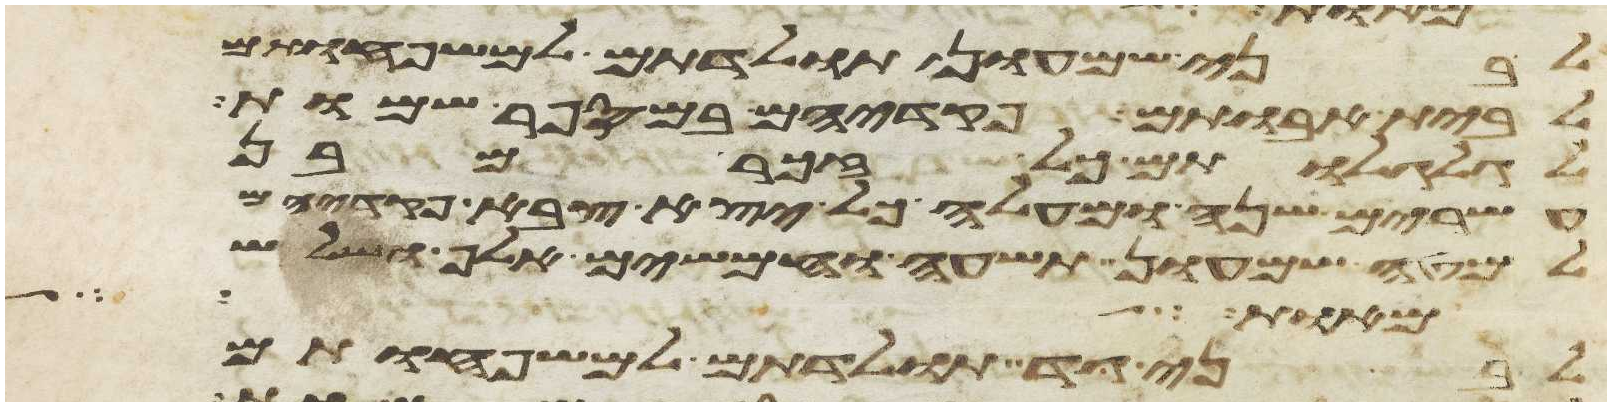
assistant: לבני שמעון תולדתם למשפחותם
לבית אבותם פקדיהם במספר שמות
לגלגלתם כל זכר מבן
עשרים שנה ומעלה כל יצא צבא פקדיהם
למטה שמעון תשעה וחמשים אלף ושלש
מאות כל
לבני גד תולדתם למשפחותם